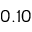
0 . 1 0